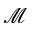
\mathcal { M }